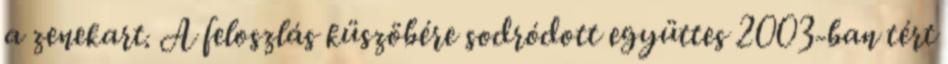
a zenekart. A feloszlás küszöbére sodródott együttes 2003-ban tért